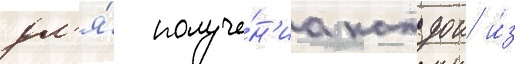
дл'я́ получе́н'иа каждои и́з